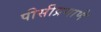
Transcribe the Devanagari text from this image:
पीसीप्रमाणे